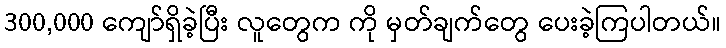
300,000 ကျော်ရှိခဲ့ပြီး လူတွေက ကို မှတ်ချက်တွေ ပေးခဲ့ကြပါတယ်။